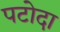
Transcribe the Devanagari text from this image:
पटोदा